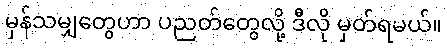
မှန်သမျှတွေဟာ ပညတ်တွေလို့ ဒီလို မှတ်ရမယ်။